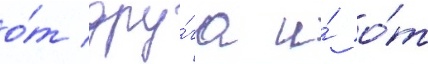
о́т дру́га и́ о́т